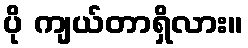
ပို ကျယ်တာရှိလား။